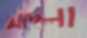
আদলা